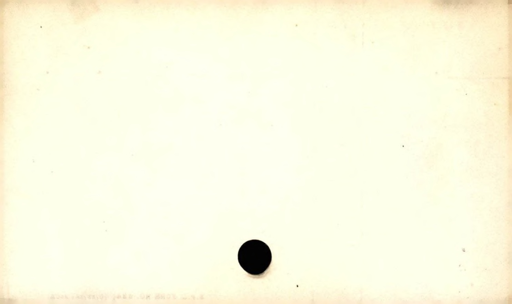
Label: blank